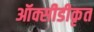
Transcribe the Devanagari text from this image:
ऑक्सीडीकृत